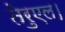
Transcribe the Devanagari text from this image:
तेरुएल।